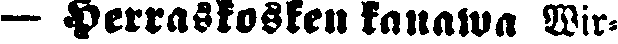
— Herraskosken kanawa Wir-